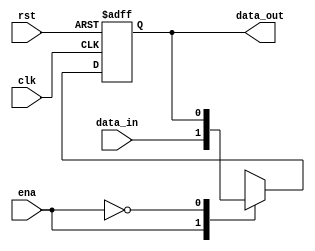
`timescale 1ns / 1ps
//////////////////////////////////////////////////////////////////////////////////
// Company: 
// Engineer: 
// 
// Design Name: 
// Module Name: D_FF
// Project Name: 
// Target Devices: 
// Tool Versions: 
// Description: 
// 
// Dependencies: 
// 
// Revision:
// Revision 0.01 - File Created
// Additional Comments:
// 
//////////////////////////////////////////////////////////////////////////////////

module D_FF(
    input clk,
    input rst,
    input ena,
    input data_in,
    output reg data_out
    );
    always @ (negedge clk,posedge rst)
    begin
    if(rst==1)
       data_out<=0;
    else 
     begin
     case(ena)     
        1'b1:data_out<=data_in;
        1'b0:data_out<=data_out;
        default:;
     endcase
     
     // if(ena==1)
       //  data_out<=data_in;
     // else //(ena==0)
      //   data_out<=data_out;
         
     end
    end
endmodule